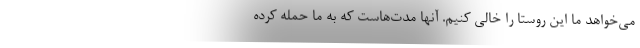
می‌خواهد ما این روستا را خالی کنیم. آنها مدت‌هاست که به ما حمله کرده